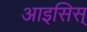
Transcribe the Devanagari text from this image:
आइसिस्